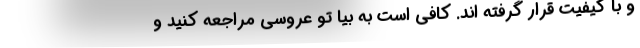
و با کیفیت قرار گرفته اند. کافی است به بیا تو عروسی مراجعه کنید و